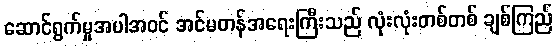
ဆောင်ရွက်မှုအပါအဝင် အင်မတန်အရေးကြီးသည် လုံးလုံးတစ်တစ် ချစ်ကြည်